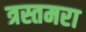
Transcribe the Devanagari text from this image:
त्रस्तमरा